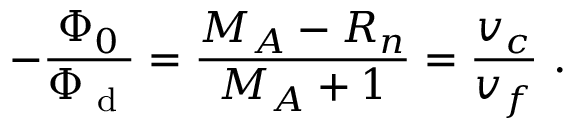
- \frac { \Phi _ { 0 } } { \Phi _ { \textrm { d } } } = \frac { M _ { A } - R _ { n } } { M _ { A } + 1 } = \frac { v _ { c } } { v _ { f } } \ .